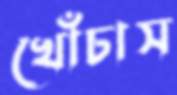
খোঁচাস